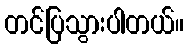
တင်ပြသွားပါတယ်။